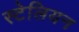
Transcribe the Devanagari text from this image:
स्टेलियन